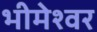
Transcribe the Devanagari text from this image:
भीमेश्‍वर